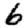
Digit: 6